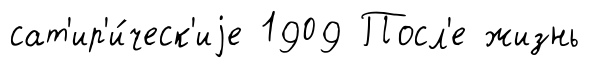
сат'ир'и́ческ'иjе 1909 Посл'е жизнь